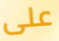
على